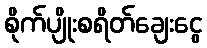
စိုက်ပျိုးစရိတ်ချေးငွေ